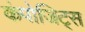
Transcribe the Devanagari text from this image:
कंपोजिट्स